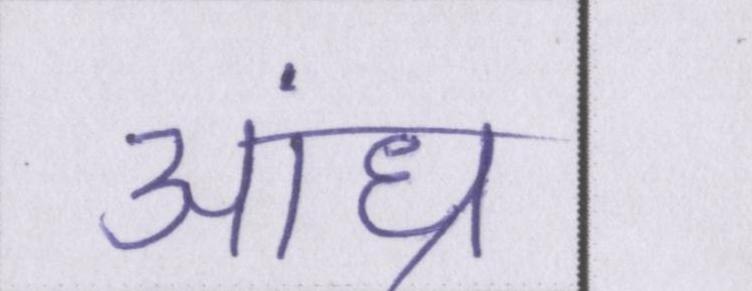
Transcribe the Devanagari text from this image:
आंध्र